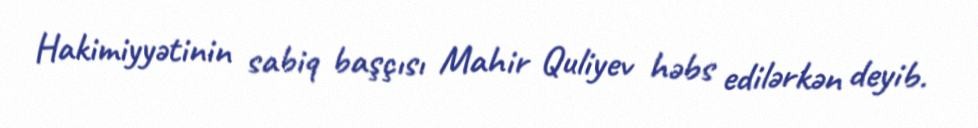
Hakimiyyətinin sabiq başçısı Mahir Quliyev həbs edilərkən deyib.